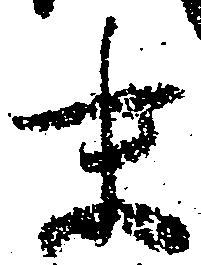
末